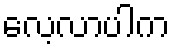
လေ့လာပါက